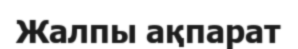
Жалпы ақпарат